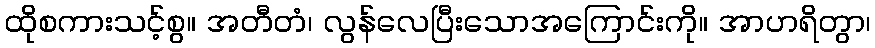
ထိုစကားသင့်စွ။ အတီတံ၊ လွန်လေပြီးသောအကြောင်းကို။ အာဟရိတွာ၊